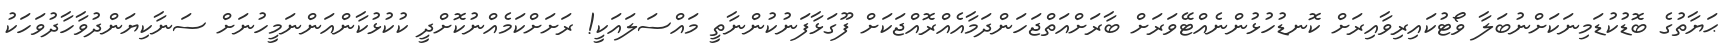
ޙަޔާތުގެ ބޮޑުކުޑަމިނަކަށްނުބަލާ ވޯޓުކައިރިވާއިރަށް ކޮނޑުހުޅުންނެއްޓޭވަރަށް ބާރަށްއަތްޖަހަންދަމާއެއްރޮއްޖަކަށް ފޫގަޅާފަނުކުންނާތީ މައްސަލައަކީ! ރަށަށްކަމެއްނުކޮށްދީ ކުކުޅުކާންއަންނަމީހުނަށް ސަނާކިޔަންދުވާހާދުވަހަކު